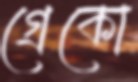
গ্রেকো